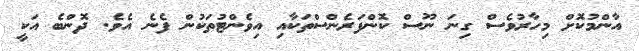
އާންމުކޮށް މިހާރުވެސް ގިނަ ނޫސް ކޮންފަރެންސްތަކާއި އިވެންޓުތަކުން ފެނެ އެވެ. ދޮންބެ އަކީ